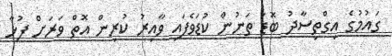
ގައުމުގެ އިގްތިސާދު ބޮޑު ތަނުން ކުޑަވެފައި ވާއިރު ކުރިން އޮތް ވަރަށް ފުޅާ